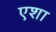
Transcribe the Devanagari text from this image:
एशा